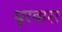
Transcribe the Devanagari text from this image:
घुरवारा